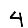
Digit: 4